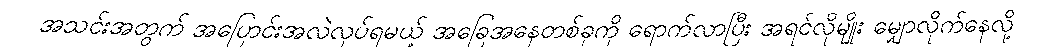
အသင်းအတွက် အပြောင်းအလဲလုပ်ရမယ့် အခြေအနေတစ်ခုကို ရောက်လာပြီး အရင်လိုမျိုး မျှောလိုက်နေလို့